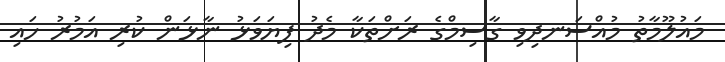
މައުލޫމާތު މުއްސަނދިވި ގާސިމްގެ ރަށްތަކާ މެދު ފިޔަވަޅު ނާޅަން ކުރި އަމުރު ހައި